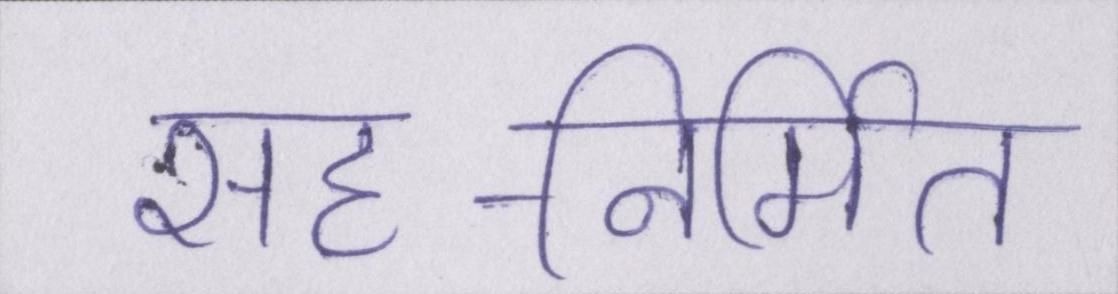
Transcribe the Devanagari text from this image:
सह-निर्मित